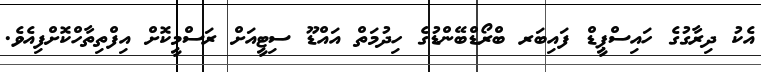
އެކު ދިރާގުގެ ހައިސްޕީޑް ފައިބަރ ބްރޯޑްބޭންޑުގެ ހިދުމަތް އައްޑޫ ސިޓީއަށް ރަސްމީކޮށް އިފްތިތާހްކޮށްފިއެވެ.